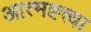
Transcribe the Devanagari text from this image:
आत्मह्त्त्या